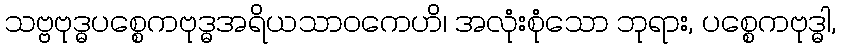
သဗ္ဗဗုဒ္ဓပစ္စေကဗုဒ္ဓအရိယသာဝကေဟိ၊ အလုံးစုံသော ဘုရား, ပစ္စေကဗုဒ္ဓါ,